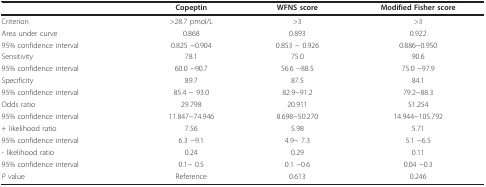
<table><thead><tr><td></td><td><b>Copeptin</b></td><td><b>WFNS score</b></td><td><b>Modified Fisher score</b></td></tr></thead><tbody><tr><td>Criterion</td><td>&gt;28.7 pmol/L</td><td>&gt;3</td><td>&gt;3</td></tr><tr><td>Area under curve</td><td>0.868</td><td>0.893</td><td>0.922</td></tr><tr><td>95% confidence interval</td><td>0.825 ~0.904</td><td>0.853 ~ 0.926</td><td>0.886~0.950</td></tr><tr><td>Sensitivity</td><td>78.1</td><td>75.0</td><td>90.6</td></tr><tr><td>95% confidence interval</td><td>60.0 ~90.7</td><td>56.6 ~88.5</td><td>75.0 ~97.9</td></tr><tr><td>Specificity</td><td>89.7</td><td>87.5</td><td>84.1</td></tr><tr><td>95% confidence interval</td><td>85.4 ~ 93.0</td><td>82.9~91.2</td><td>79.2~88.3</td></tr><tr><td>Odds ratio</td><td>29.798</td><td>20.911</td><td>51.254</td></tr><tr><td>95% confidence interval</td><td>11.847~74.946</td><td>8.698~50.270</td><td>14.944~105.792</td></tr><tr><td>+ likelihood ratio</td><td>7.56</td><td>5.98</td><td>5.71</td></tr><tr><td>95% confidence interval</td><td>6.3 ~9.1</td><td>4.9~ 7.3</td><td>5.1 ~6.5</td></tr><tr><td>- likelihood ratio</td><td>0.24</td><td>0.29</td><td>0.11</td></tr><tr><td>95% confidence interval</td><td>0.1~ 0.5</td><td>0.1 ~0.6</td><td>0.04 ~0.3</td></tr><tr><td><i>P </i>value</td><td>Reference</td><td>0.613</td><td>0.246</td></tr></tbody></table>